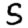
Digit: 5